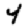
Digit: 4